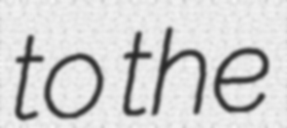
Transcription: to the